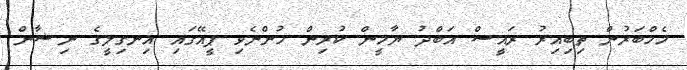
މެމްބަރުން ތިބިއިރު ރައީސް އަބްދު ޔާމީން ކުރިން ހުންނެވި ޕީއޭގައި އިނގިލީގެ ނިޝާން